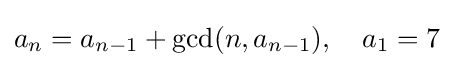
a_{n}=a_{n-1}+\gcd(n,a_{n-1}),\quad a_{1}=7